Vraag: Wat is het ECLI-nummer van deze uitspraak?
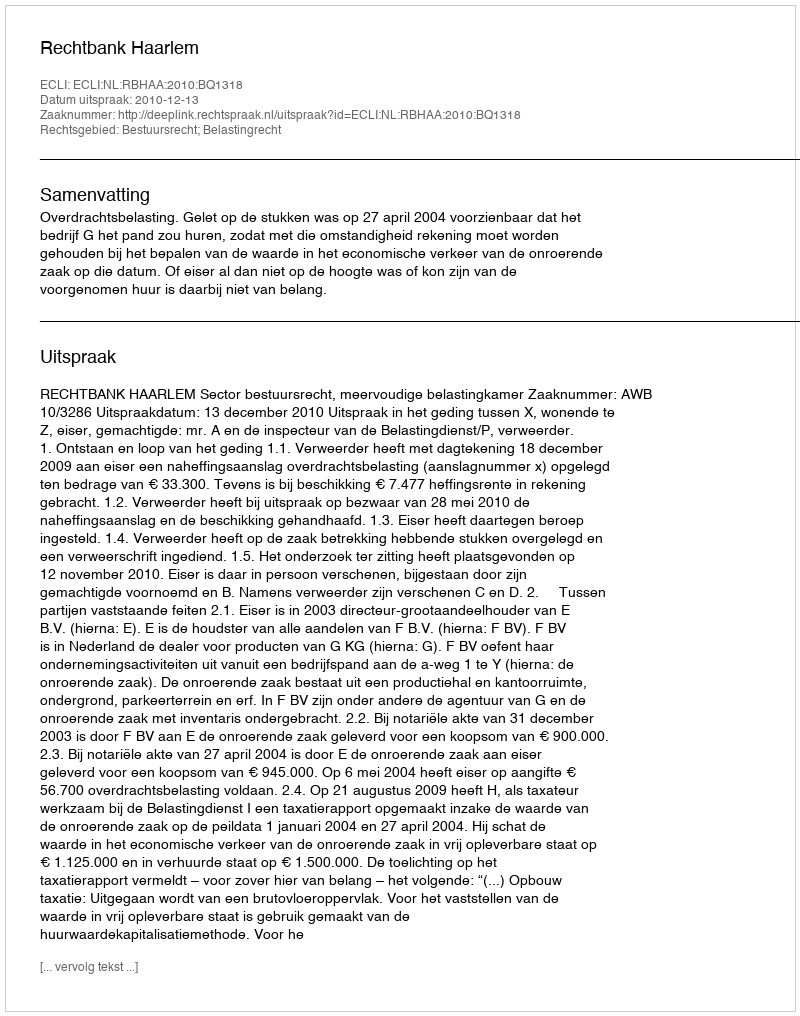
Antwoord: ECLI:NL:RBHAA:2010:BQ1318